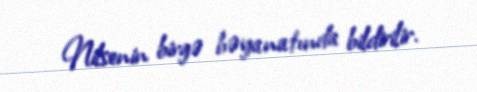
Nilsenin birgə bəyanatında bildirilir.